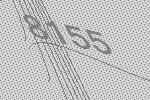
8155